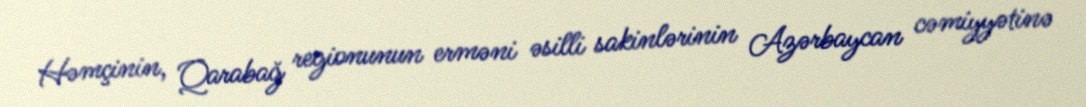
Həmçinin, Qarabağ regionunun erməni əsilli sakinlərinin Azərbaycan cəmiyyətinə